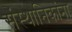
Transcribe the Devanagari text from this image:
संस्थानिकांना